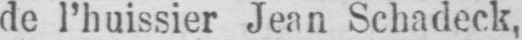
de l’huissier Jean Schadeck,